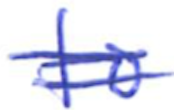
Text: to
Cross-out: mix
Writing tool: ballpoint